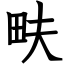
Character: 畉